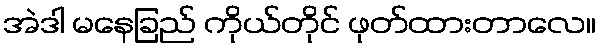
အဲဒါ မနေခြည် ကိုယ်တိုင် ဖုတ်ထားတာလေ။